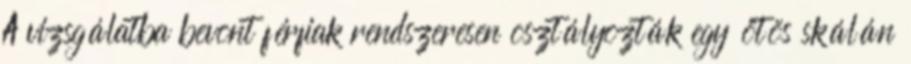
A vizsgálatba bevont férfiak rendszeresen osztályozták egy ötös skálán